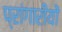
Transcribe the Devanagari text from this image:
प्रांगारीयों